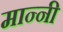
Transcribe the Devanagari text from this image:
मान्नी